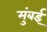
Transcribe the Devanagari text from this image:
मुंंबई